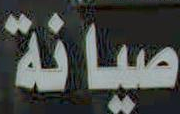
صيانة